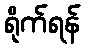
ရိုက်ရန်